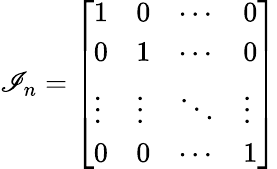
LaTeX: \mathscr{I}_{n}={\left[\begin{array}{llll}{1}&{0}&{\cdots}&{0}\\ {0}&{1}&{\cdots}&{0}\\ {\vdots}&{\vdots}&{\ddots}&{\vdots}\\ {0}&{0}&{\cdots}&{1}\end{array}\right]}